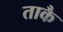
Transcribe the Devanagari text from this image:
ताकै